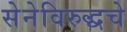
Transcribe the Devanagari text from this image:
सेनेविरुद्धचे